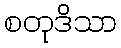
စတုဒိသာ